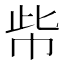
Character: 㠿